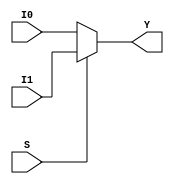
module mux2to1 (
    input I0,
    input I1,
    input S,
    output Y
);
    assign Y = S ? I1 : I0;
endmodule